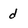
Character: d